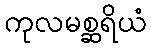
ကုလမစ္ဆရိယံ